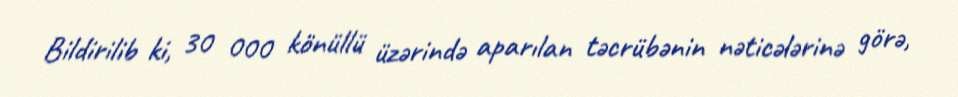
Bildirilib ki, 30 000 könüllü üzərində aparılan təcrübənin nəticələrinə görə,